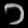
Digit: ၁